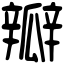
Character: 瓣